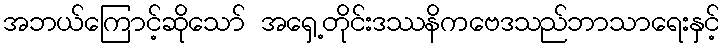
အဘယ်ကြောင့်ဆိုသော် အရှေ့တိုင်းဒဿနိကဗေဒသည်ဘာသာရေးနှင့်